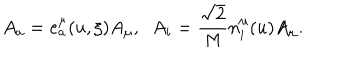
A _ { a } = e _ { a } ^ { \mu } ( u , \xi ) A _ { \mu } , \; \; A _ { i } = \frac { \sqrt { 2 } } { M } n _ { i } ^ { \mu } ( u ) A _ { \mu } .